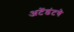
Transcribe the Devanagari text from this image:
अटेंडंटचे